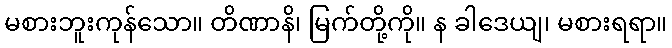
မစားဘူးကုန်သော။ တိဏာနိ၊ မြက်တို့ကို။ န ခါဒေယျ၊ မစားရရာ။